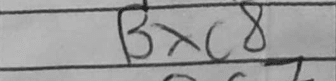
Transcription: Bxc8